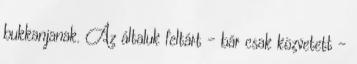
bukkanjanak. Az általuk feltárt - bár csak közvetett -